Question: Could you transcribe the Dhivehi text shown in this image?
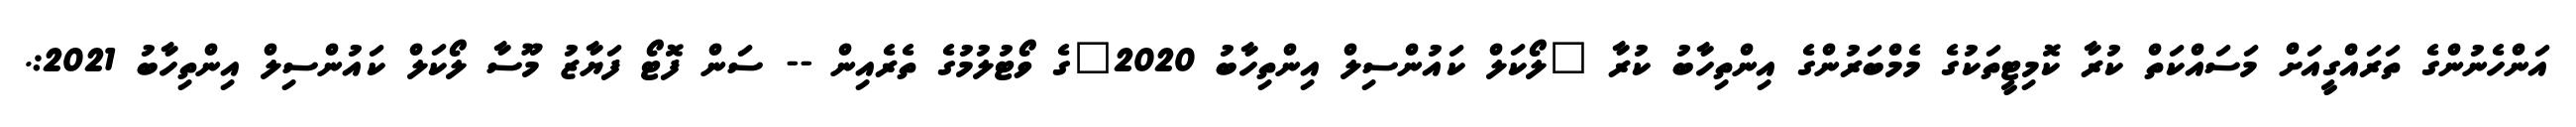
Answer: އަންހެނުންގެ ތަރައްގީއަށް މަސައްކަތް ކުރާ ކޮމިޓީތަކުގެ މެމްބަރުންގެ އިންތިހާބު ކުރާ "ލޯކަލް ކައުންސިލް އިންތިހާބު 2020"ގެ ވޯޓުލުމުގެ ތެރެއިން -- ސަން ފޮޓޯ ފަޔާޒު މޫސާ ލޯކަލް ކައުންސިލް އިންތިހާބު 2021:.